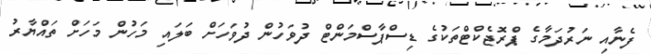
ފެނާއި ނަރުދަމާގެ ޕްރޮޖެކްޓްތަކުގެ ޑިސްޕާސްމަންޓް ދުވަހުން ދުވަހަށް ބަލައި މަހުން މަހަށް ތައްޔާރު